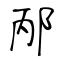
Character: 邴